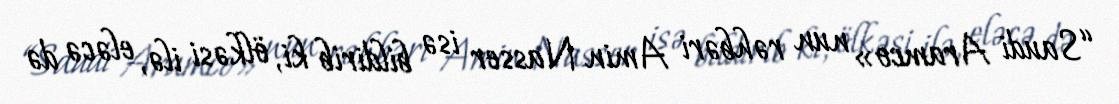
“Saudi Aramco» nun rəhbəri Amin Nasser isə bildirib ki, ölkəsi ilə, eləcə də